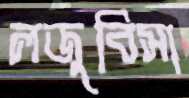
লজুবিসা